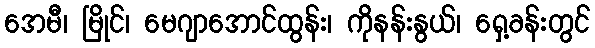
အေမီ၊ မြိုင်၊ မေဂျာအောင်ထွန်း၊ ကိုနန်းနွယ်၊ ရှေ့ခန်းတွင်